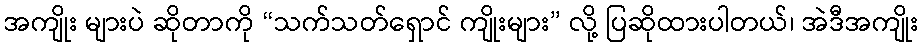
အကျိုး များပဲ ဆိုတာကို “သက်သတ်ရှောင် ကျိုးများ” လို့ ပြဆိုထားပါတယ်၊ အဲဒီအကျိုး